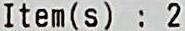
ITEM(S) : 2